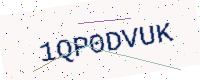
Text: 1QP0DVUK